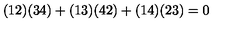
( 1 2 ) ( 3 4 ) + ( 1 3 ) ( 4 2 ) + ( 1 4 ) ( 2 3 ) = 0